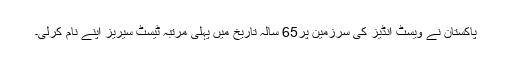
پاکستان نے ویسٹ انڈیز کی سرزمین پر65 سالہ تاریخ میں پہلی مرتبہ ٹیسٹ سیریز اپنے نام کرلی۔